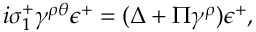
i \sigma _ { 1 } ^ { + } \gamma ^ { \rho \theta } \epsilon ^ { + } = ( \Delta + \Pi \gamma ^ { \rho } ) \epsilon ^ { + } ,